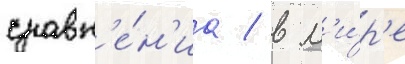
сравн'е́н'иа / в м'и́р'е